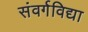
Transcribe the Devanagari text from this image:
संवर्गविद्या